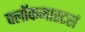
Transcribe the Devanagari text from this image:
क्लाॅकमास्टर्स